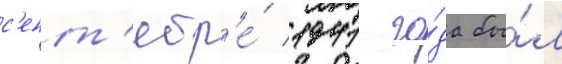
с'ент'ябр'е́ 1941 го́да бы́л